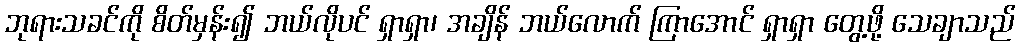
ဘုရားသခင်ကို စိတ်မှန်း၍ ဘယ်လိုပင် ရှာရှာ၊ အချိန် ဘယ်လောက် ကြာအောင် ရှာရှာ တွေ့ဖို့ သေချာသည်